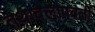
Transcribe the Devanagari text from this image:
तथावेलापवर्ती